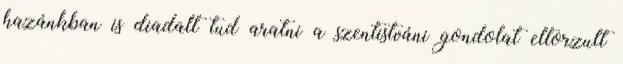
hazánkban is diadalt tud aratni a szentistváni gondolat eltorzult